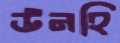
উনহি